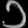
Digit: ၁